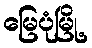
မြေပုံမြို့